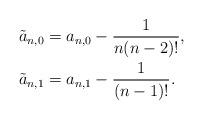
LaTeX: \begin{align*} \tilde{a}_{n,0}&=a_{n,0}-\frac{1}{n(n-2)!},\\ \tilde{a}_{n,1}&=a_{n,1}-\frac{1}{(n-1)!}.\end{align*}